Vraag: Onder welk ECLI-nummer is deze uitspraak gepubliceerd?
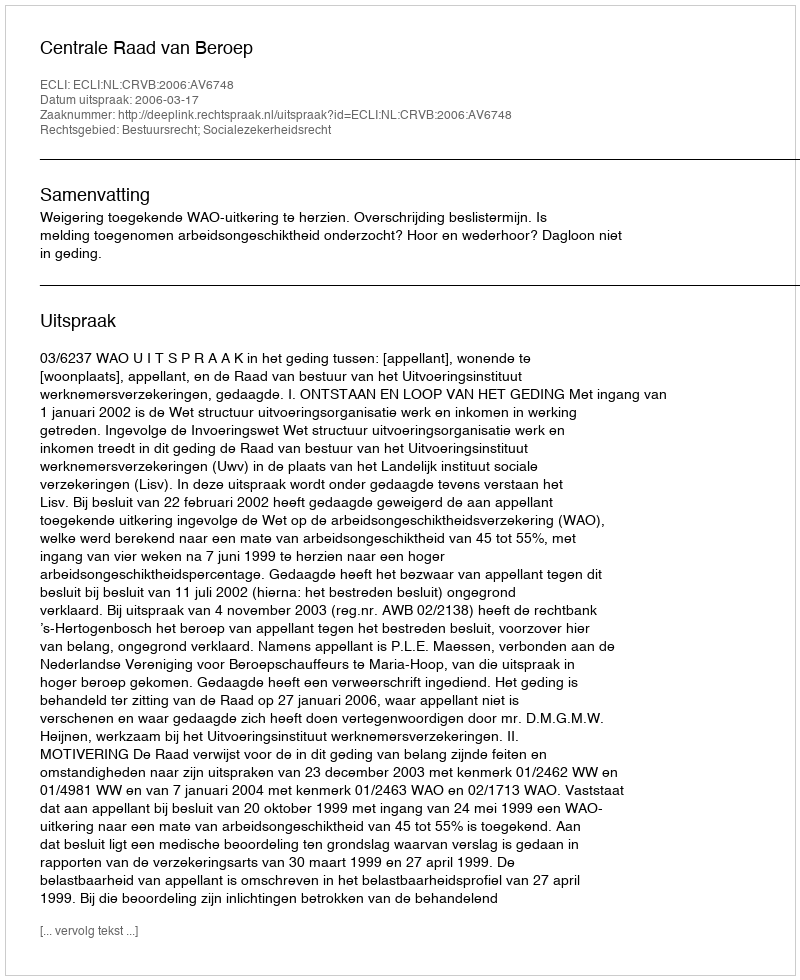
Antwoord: ECLI:NL:CRVB:2006:AV6748